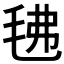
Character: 𭯗